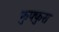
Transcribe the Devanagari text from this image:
फुफ्‍फुस